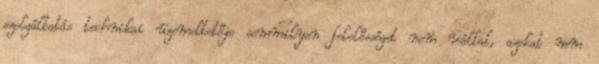
szolgáltatás technikai üzemeltetője semmilyen felelősséget nem vállal, azokat nem